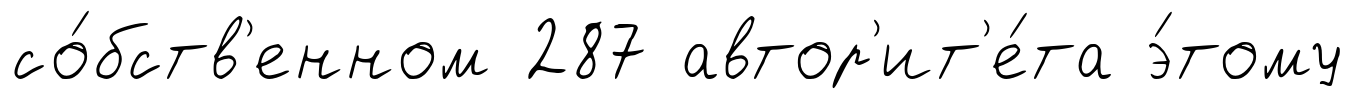
со́бств'енном 287 автор'ит'е́та э́тому